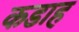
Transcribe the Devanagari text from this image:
कडाह